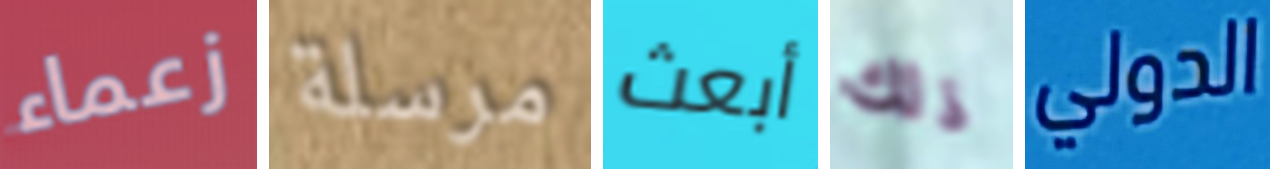
زعماء مرسلة أبعث ذلك الدولي